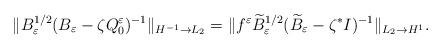
LaTeX: \begin{align*}\Vert B_\varepsilon ^{1/2}(B_\varepsilon -\zeta Q_0^\varepsilon )^{-1}\Vert _{H^{-1}\rightarrow L_2}=\Vert f^\varepsilon \widetilde{B}_\varepsilon ^{1/2}(\widetilde{B}_\varepsilon -\zeta ^* I)^{-1}\Vert _{L_2\rightarrow H^1}.\end{align*}